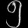
Digit: ၅